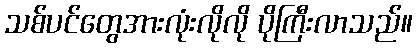
သစ်ပင်တွေအားလုံးလိုလို ပိုကြီးလာသည်။